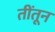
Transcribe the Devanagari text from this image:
तींतून